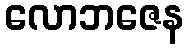
လောဘဇေန